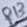
Text: R13